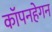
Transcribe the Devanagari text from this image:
कॉपनहेगन